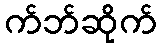
က်ဘ်ဆိုက်